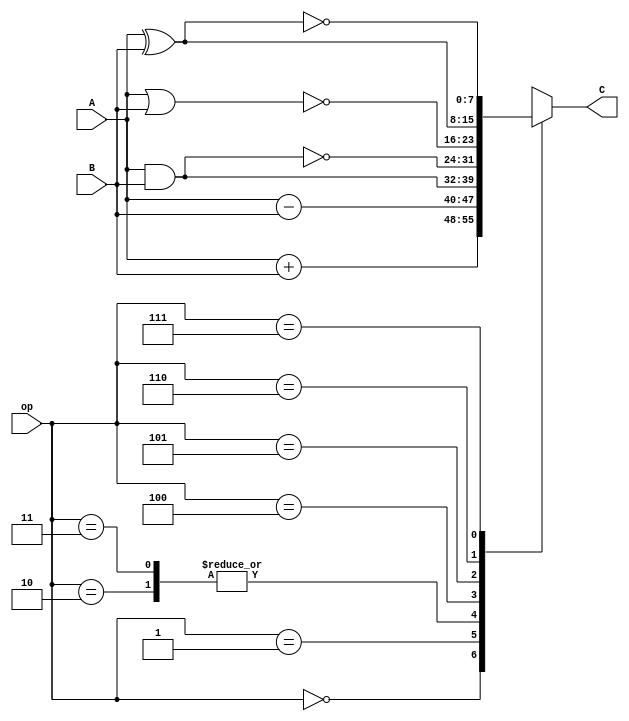
module eightBitAlu
(
input [2:0] op,
input [7:0] A,
input [7:0] B,
output reg [7:0] C
);

parameter ADD     = 3'b000,
		  SUB     = 3'b001,
		  AND     = 3'b010,
		  OR      = 3'b011,
		  NAND    = 3'b100,
		  NOR     = 3'b101,
		  XOR     = 3'b110,
		  XNOR    = 3'b111;

always @ (op or A or B)
begin
	case(op)
		ADD:
			begin
			C = A + B;
			end
		SUB:
			begin
			C = A - B;
			end
		AND:
			begin
			C = A & B;
			end
		OR:
			begin
			C = A & B;
			end
		NAND:
			begin
			C = ~(A & B);
			end
		NOR:
			begin
			C = ~(A | B);
			end
		XOR:
			begin
			C = A ^ B;
			end
		XNOR:
			begin
			C = ~(A ^ B);
			end
		endcase
end

endmodule